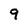
Character: 9